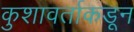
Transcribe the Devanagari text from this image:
कुशावर्ताकडून